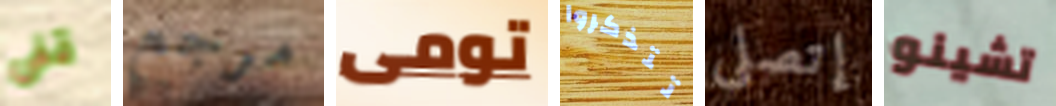
قفى مرجع تومى تتذكروا إتصلي تشينو